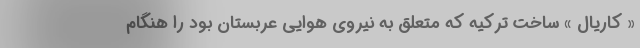
« کاریال » ساخت ترکیه که متعلق به نیروی هوایی عربستان بود را هنگام